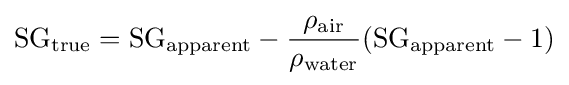
{\text{SG}}_{\text{true}}={\text{SG}}_{\text{apparent}}-{\rho _{\text{air}} \over \rho _{\text{water}}}({\text{SG}}_{\text{apparent}}-1)